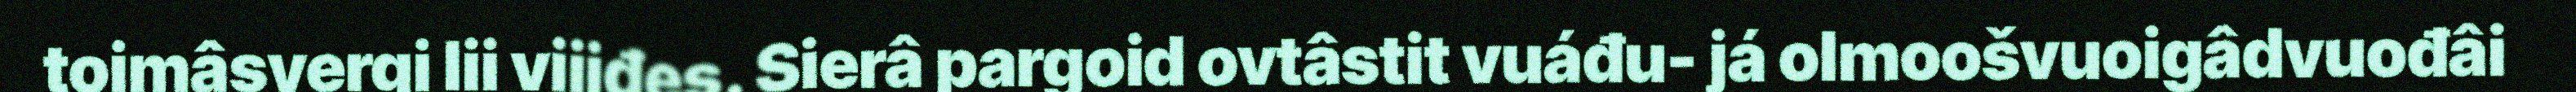
toimâsyergi lii viijđes. Sierâ pargoid ovtâstit vuáđu- já olmoošvuoigâdvuođâi